Civil Veterinary Dept. North-West Frontier Province 1901-22 - 1901-1922
Year: 1901
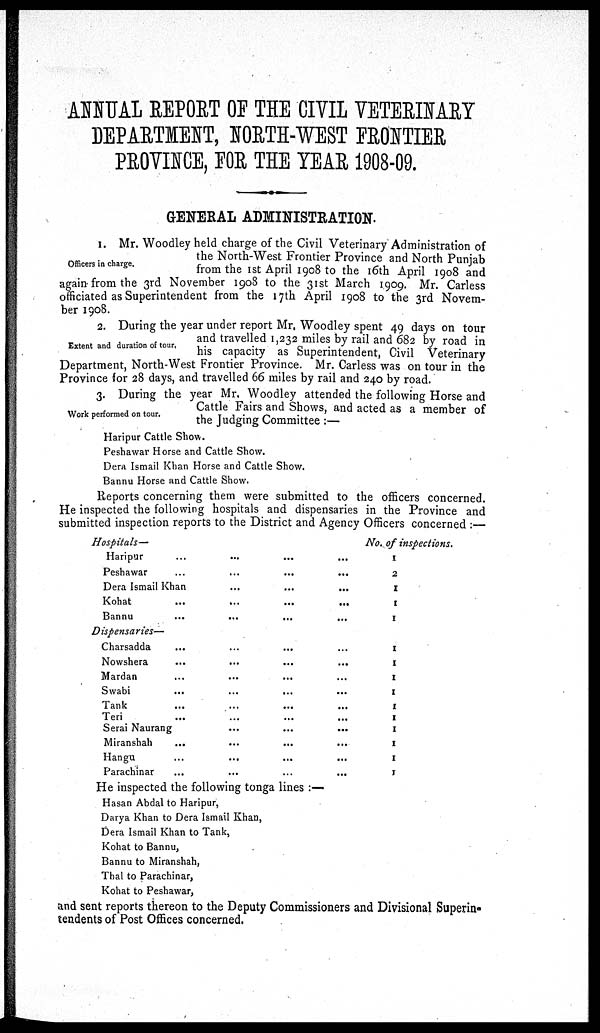
ANNUAL REPORT OF THE CIVIL VETERINARY
DEPARTMENT, NORTH-WEST FRONTIER
PROVINCE, FOR THE YEAR 1908-09.
GENERAL ADMINISTRATION.
Officers in charge.
1. Mr. Woodley held charge of the Civil Veterinary Administration of
the North-West Frontier Province and North Punjab
from the 1st April 1908 to the 16th April 1908 and
again from the 3rd November 1908 to the 31st March 1909. Mr. Carless
officiated as Superintendent from the 17th April 1908 to the 3rd Novem-
ber 1908.
Extent and duration of tour.
2. During the year under report Mr, Woodley spent 49 days on tour
and travelled 1,232 miles by rail and 682 by road in
his capacity as Superintendent, Civil Veterinary
Department, North-West Frontier Province. Mr. Carless was on tour in the
Province for 28 days, and travelled 66 miles by rail and 240 by road.
Work performed on tour.
3. During the year Mr. Woodley attended the following Horse and
Cattle Fairs and Shows, and acted as a member of
the Judging Committee :—
Haripur Cattle Show.
Peshawar Horse and Cattle Show.
Dera Ismail Khan Horse and Cattle Show.
Bannu Horse and Cattle Show.
Reports concerning them were submitted to the officers concerned.
He inspected the following hospitals and dispensaries in the Province and
submitted inspection reports to the District and Agency Officers concerned :—
Hospitals—
Haripur ... ... ... ...
Peshawar ... ... ... ...
Dera Ismail Khan ... ... ...
Kohat ... ... ... ...
Bannu ... ... ... ...
Dispensaries—
Charsadda ... ... ... ...
Nowshera ... ... ... ...
Mardan ... ... ... ...
Swabi ... ... ... ...
Tank ... ... ... ...
Teri ... ... ... ...
Serai Naurang ... ... ...
Miranshah ... ... ... ...
Hangu ... ... ... ...
Parachinar ... ... ... ...
No. of inspections.
1
2
1
1
1
1
1
1
1
1
1
1
1
1
1
He inspected the following tonga lines :—
Hasan Abdal to Haripur,
Darya Khan to Dera Ismail Khan,
Dera Ismail Khan to Tank,
Kohat to Bannu,
Bannu to Miranshah,
Thal to Parachinar,
Kohat to Peshawar,
and sent reports thereon to the Deputy Commissioners and Divisional Superin-
tendents of Post Offices concerned.